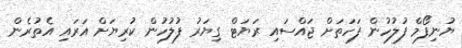
ޔުނިފޯމް ފުލުހުން ފަހަތަށް ޖައްސައި ރަޔަޓް ގިޔަރު ފުލުހުން ކުރިޔަށް އަރައި އެތުރެން